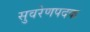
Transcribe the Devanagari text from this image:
सुवरेणपदक